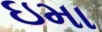
ઇમા